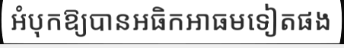
អំបុកឱ្យបានអធិកអាធមទៀតផង